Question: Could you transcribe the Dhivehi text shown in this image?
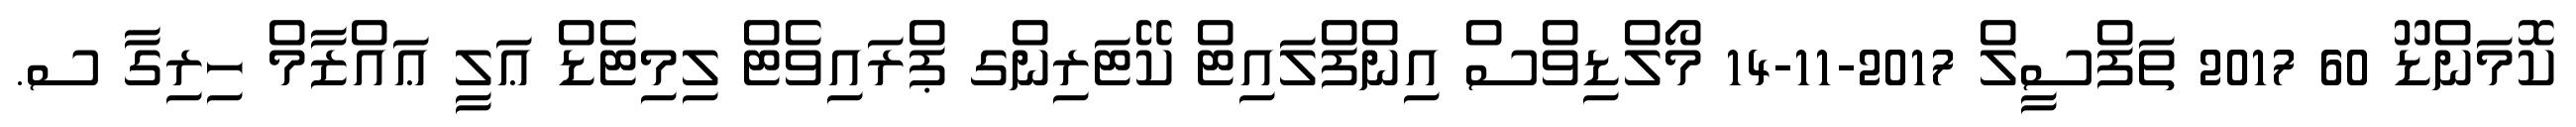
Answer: ކޮމަންޑޫ 60 2017 ތަފްސީލް 2017-11-14 މޯލްޑިވްސް އިންފްލައިޓް ކޭޓަރިންގ ޕްރައިވެޓް ލިމިޓެޑް ޢަލީ ޢައްޒާމް ހިރިގާ ސ.